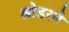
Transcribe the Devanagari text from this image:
श्रोडरने